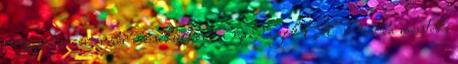
négyszázezer ember menekült el: a gazdagok El Pasóba mentek,